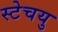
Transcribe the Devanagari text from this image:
स्टेचयु